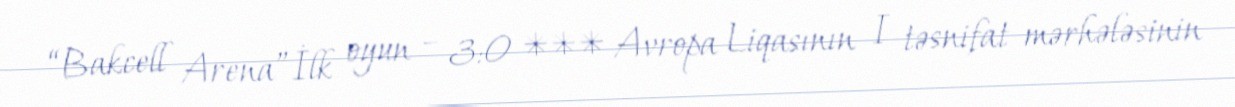
“Bakcell Arena”İlk oyun – 3:0 *** Avropa Liqasının I təsnifat mərhələsinin